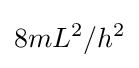
{8m}{L^{2}}/h^{2}